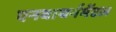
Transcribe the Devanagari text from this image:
एनवायर्नमेंटल